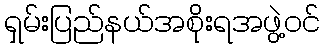
ရှမ်းပြည်နယ်အစိုးရအဖွဲ့ဝင်